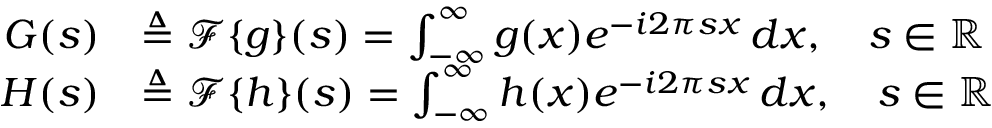
{ \begin{array} { r l } { G ( s ) } & { \triangleq { \mathcal { F } } \{ g \} ( s ) = \int _ { - \infty } ^ { \infty } g ( x ) e ^ { - i 2 \pi s x } \, d x , \quad s \in \mathbb { R } } \\ { H ( s ) } & { \triangleq { \mathcal { F } } \{ h \} ( s ) = \int _ { - \infty } ^ { \infty } h ( x ) e ^ { - i 2 \pi s x } \, d x , \quad s \in \mathbb { R } } \end{array} }